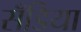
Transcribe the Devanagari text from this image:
सँडिया